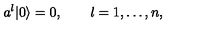
a ^ { l } | 0 \rangle = 0 , \qquad l = 1 , \ldots , n ,